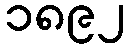
၁၈၉၂